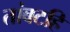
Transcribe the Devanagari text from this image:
तांबटहि